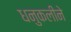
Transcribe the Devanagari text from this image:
धनुकलीने